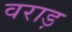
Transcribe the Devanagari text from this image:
वराड़